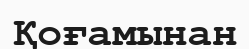
Қоғамынан